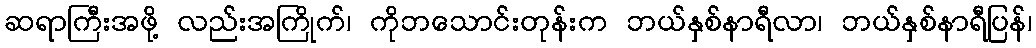
ဆရာကြီးအဖို့ လည်းအကြိုက်၊ ကိုဘသောင်းတုန်းက ဘယ်နှစ်နာရီလာ၊ ဘယ်နှစ်နာရီပြန်၊